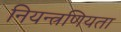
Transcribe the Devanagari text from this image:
नियन्त्रणियता